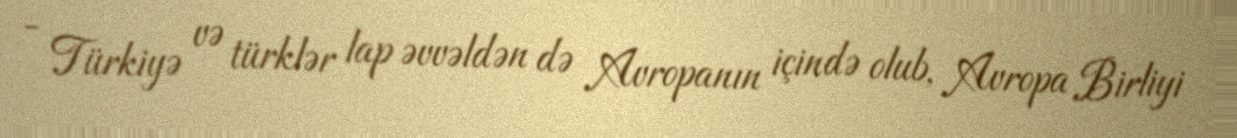
- Türkiyə və türklər lap əvvəldən də Avropanın içində olub, Avropa Birliyi